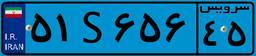
۵۱S۶۵۶۴۵